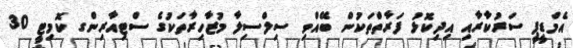
އެމްޑީޕީ ސަރުކާރާއި އިދިކޮޅު ފަރާތްތަކުން ބޭއްވި ސިލްސިލާ މުޒާހިރާތަކުގެ ސްޓިއާރިންގ ކޮމިޓީ 30